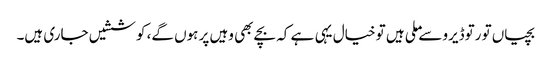
بچیاں تو رتوڈیرو سے ملی ہیں تو خیال یہی ہے کہ بچے بھی وہیں پر ہوں گے، کوششیں جاری ہیں۔